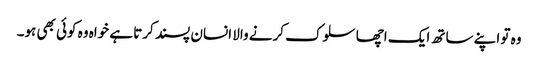
وہ تو اپنے ساتھ ایک اچھا سلوک کرنے والا انسان پسند کرتا ہے خواہ وہ کوئی بھی ہو۔